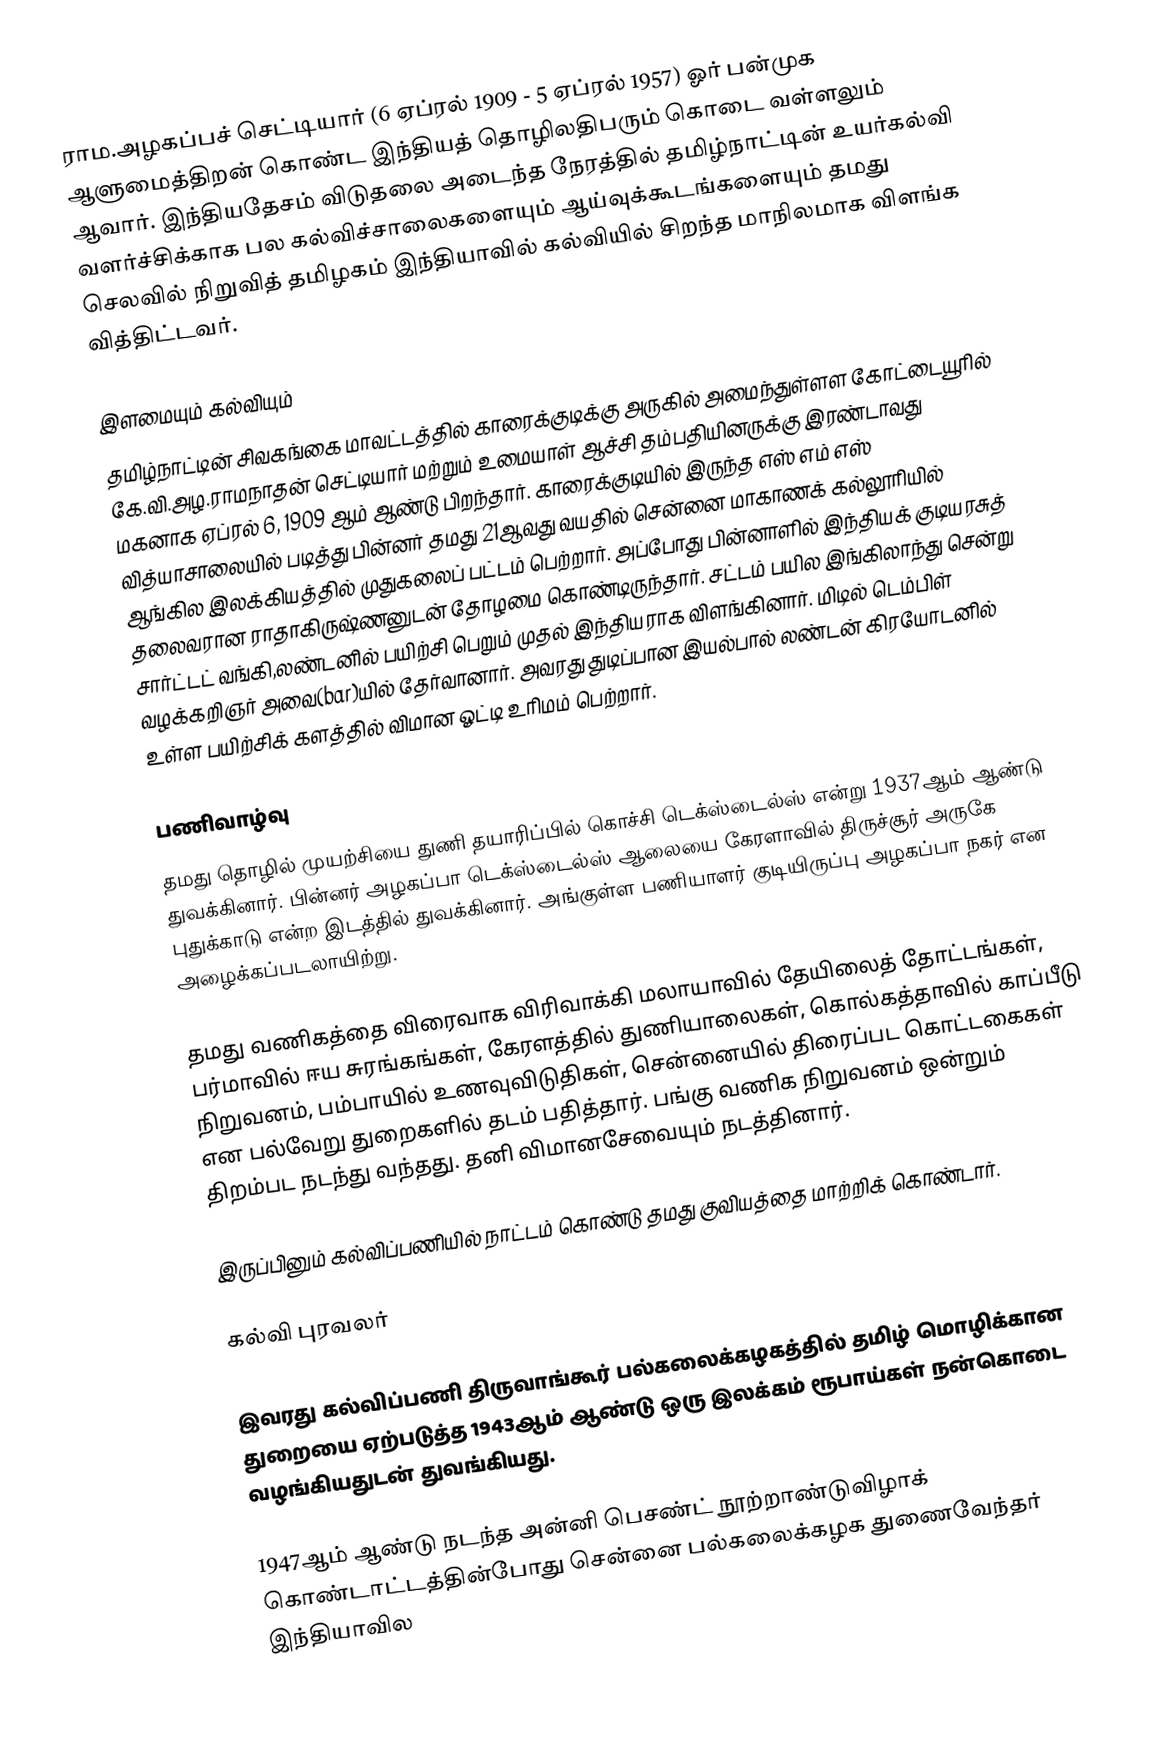
ராம.அழகப்பச் செட்டியார் (6 ஏப்ரல் 1909 - 5 ஏப்ரல் 1957) ஓர் பன்முக ஆளுமைத்திறன் கொண்ட இந்தியத் தொழிலதிபரும் கொடை வள்ளலும் ஆவார். இந்தியதேசம் விடுதலை அடைந்த நேரத்தில் தமிழ்நாட்டின் உயர்கல்வி வளர்ச்சிக்காக பல கல்விச்சாலைகளையும் ஆய்வுக்கூடங்களையும் தமது செலவில் நிறுவித் தமிழகம் இந்தியாவில் கல்வியில் சிறந்த மாநிலமாக விளங்க வித்திட்டவர்.

இளமையும் கல்வியும்
தமிழ்நாட்டின் சிவகங்கை மாவட்டத்தில் காரைக்குடிக்கு அருகில் அமைந்துள்ளள கோட்டையூரில் கே.வி.அழ.ராமநாதன் செட்டியார் மற்றும் உமையாள் ஆச்சி தம்பதியினருக்கு இரண்டாவது மகனாக ஏப்ரல் 6, 1909 ஆம் ஆண்டு பிறந்தார். காரைக்குடியில் இருந்த எஸ் எம் எஸ் வித்யாசாலையில் படித்து பின்னர் தமது 21ஆவது வயதில் சென்னை மாகாணக் கல்லூரியில் ஆங்கில இலக்கியத்தில் முதுகலைப் பட்டம் பெற்றார். அப்போது பின்னாளில் இந்தியக் குடியரசுத் தலைவரான ராதாகிருஷ்ணனுடன் தோழமை கொண்டிருந்தார். சட்டம் பயில இங்கிலாந்து சென்று சார்ட்டட் வங்கி,லண்டனில் பயிற்சி பெறும் முதல் இந்தியராக விளங்கினார். மிடில் டெம்பிள் வழக்கறிஞர் அவை(bar)யில் தேர்வானார். அவரது துடிப்பான இயல்பால் லண்டன் கிரயோடனில் உள்ள பயிற்சிக் களத்தில் விமான ஓட்டி உரிமம் பெற்றார்.

பணிவாழ்வு
தமது தொழில் முயற்சியை துணி தயாரிப்பில் கொச்சி டெக்ஸ்டைல்ஸ் என்று 1937ஆம் ஆண்டு துவக்கினார். பின்னர் அழகப்பா டெக்ஸ்டைல்ஸ் ஆலையை கேரளாவில் திருச்சூர் அருகே புதுக்காடு என்ற  இடத்தில் துவக்கினார். அங்குள்ள பணியாளர் குடியிருப்பு அழகப்பா நகர் என அழைக்கப்படலாயிற்று.

தமது வணிகத்தை விரைவாக விரிவாக்கி மலாயாவில் தேயிலைத் தோட்டங்கள், பர்மாவில் ஈய சுரங்கங்கள், கேரளத்தில் துணியாலைகள், கொல்கத்தாவில் காப்பீடு நிறுவனம், பம்பாயில் உணவுவிடுதிகள், சென்னையில் திரைப்பட கொட்டகைகள் என பல்வேறு துறைகளில் தடம் பதித்தார். பங்கு வணிக நிறுவனம் ஒன்றும் திறம்பட நடந்து வந்தது. தனி விமானசேவையும் நடத்தினார்.

இருப்பினும் கல்விப்பணியில் நாட்டம் கொண்டு தமது குவியத்தை மாற்றிக் கொண்டார்.

கல்வி புரவலர்

இவரது கல்விப்பணி திருவாங்கூர் பல்கலைக்கழகத்தில் தமிழ் மொழிக்கான துறையை ஏற்படுத்த 1943ஆம் ஆண்டு ஒரு இலக்கம் ரூபாய்கள் நன்கொடை வழங்கியதுடன் துவங்கியது.

1947ஆம் ஆண்டு நடந்த அன்னி பெசண்ட் நூற்றாண்டுவிழாக் கொண்டாட்டத்தின்போது சென்னை பல்கலைக்கழக துணைவேந்தர் இந்தியாவில